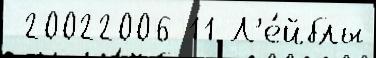
 20022006 11 Л'е́йблы